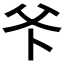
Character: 𭶺